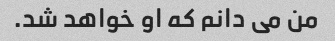
من می دانم که او خواهد شد.